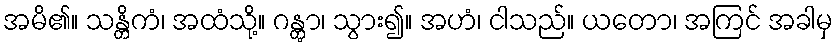
အမိ၏။ သန္တိကံ၊ အထံသို့။ ဂန္တွာ၊ သွား၍။ အဟံ၊ ငါသည်။ ယတော၊ အကြင် အခါမှ